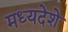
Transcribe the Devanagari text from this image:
मध्यदेशे